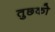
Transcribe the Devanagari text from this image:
तुछको